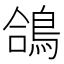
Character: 鴿